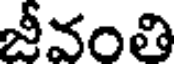
జీవంతి